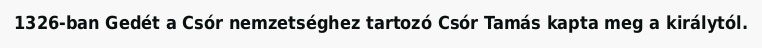
1326-ban Gedét a Csór nemzetséghez tartozó Csór Tamás kapta meg a királytól.